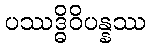
ပဿဒ္ဓိဝိပန္နဿ